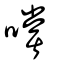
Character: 嚐